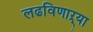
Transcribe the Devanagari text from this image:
लढविणाऱ्या